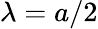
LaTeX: \lambda=a/2